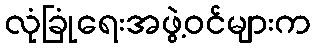
လုံခြုံရေးအဖွဲ့ဝင်များက